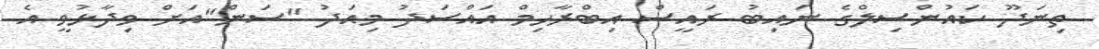
ތިނަދޫ ކައުންސިލްގެ ނައިބު ރައީސް އިބްރާހިމް އައްސަދު މިއަދު "ސަން"އަށް ވިދާޅުވީ އެ